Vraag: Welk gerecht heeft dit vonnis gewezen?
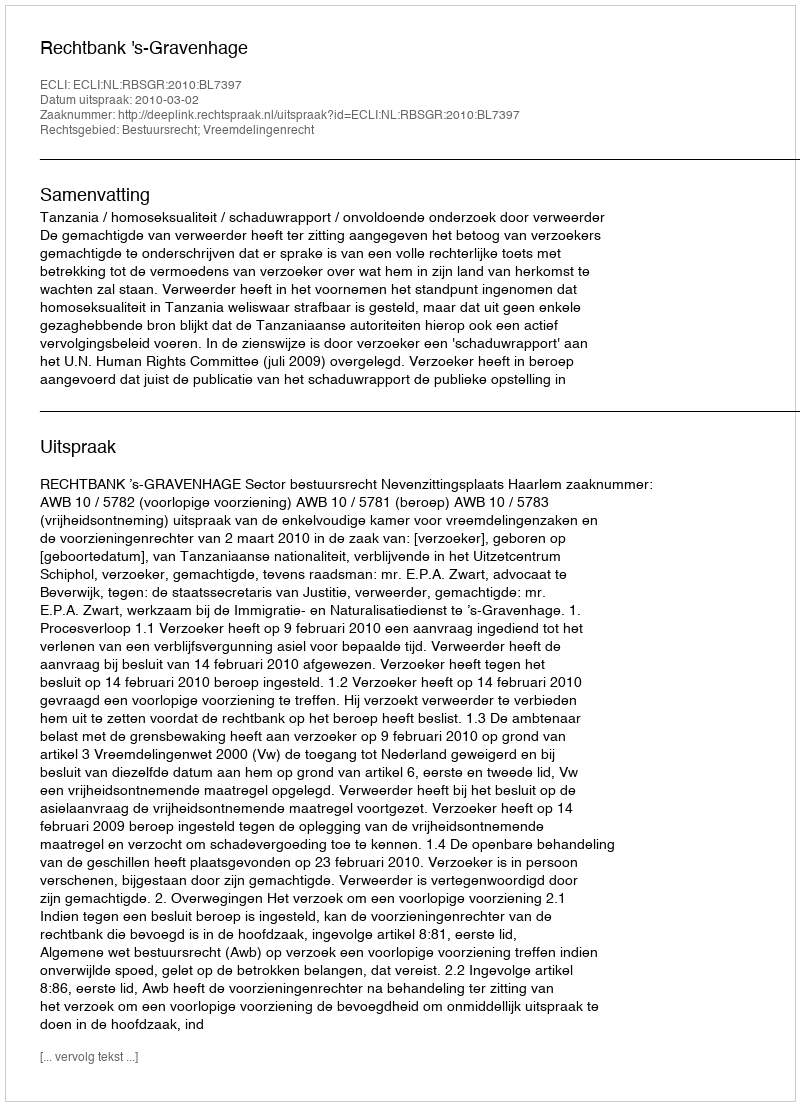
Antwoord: Rechtbank 's-Gravenhage